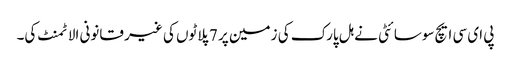
پی ای سی ایچ سوسائٹی نے ہل پارک کی زمین پر 7 پلاٹوں کی غیر قانونی الاٹمنٹ کی۔